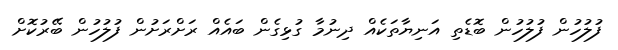
ފުލުހުން ފުލުހުން ބޮޑެތި އަނިޔާތަކެއް ދިނުމާ ގުޅިގެން ބައެއް ރަށްރަށުން ފުލުހުން ބޭރުކޮށް